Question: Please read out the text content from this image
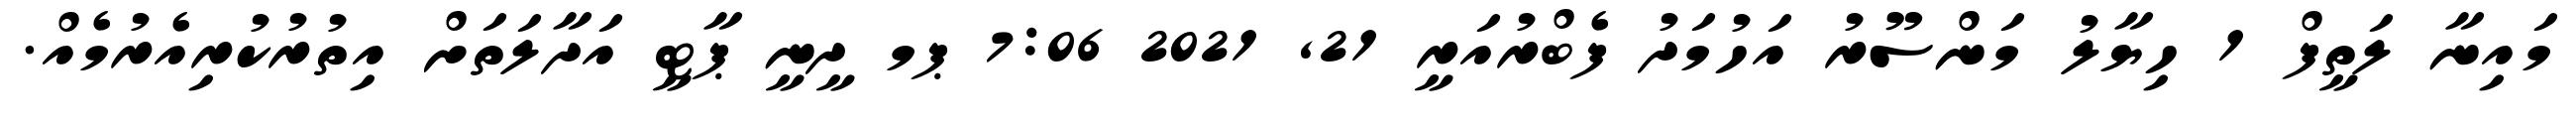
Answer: މައިނާ ލަތީފް 1 ހިޔާލު މަންސޫރު އަހުމަދު ފެބްރުއަރީ 21, 2021 7:06 ޕމ ދީނީ ޕާޓީ އަދާލަތަށް އިތުރުކުރިއެރުމެއް.